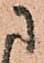
に